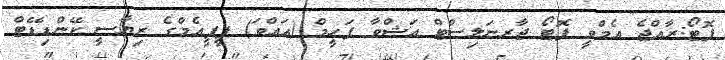
ފޮޓޯ:ރާއްޖެ އެމްވީ ފޮޓޯ ޖާރނަލިސްޓް އަޝްވާ ފަހީމް (އައްވަ) ޕީޕީއެމްގެ ރިޔާސީ ކޭންޑިޑޭޓް